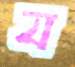
য